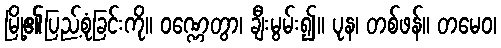
မြို့၏ပြည့်စုံခြင်းကို။ ဝဏ္ဏေတွာ၊ ချီးမွမ်း၍။ ပုန၊ တစ်ဖန်။ တမေဝ၊